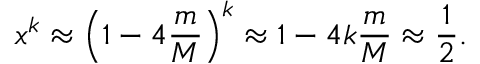
x ^ { k } \approx \left( 1 - 4 \frac { m } { M } \right) ^ { k } \approx 1 - 4 k \frac { m } { M } \approx \frac { 1 } { 2 } .